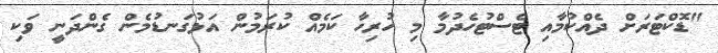
"ޑޮކްޓަރަށް ދެއްކުމާއި ޓެސްޓުހެދުމާ މި ހުރިހާ ކަމެއް ކުރަމުން އަޅުގަނޑުމެން ގެންދަނީ ވަކި